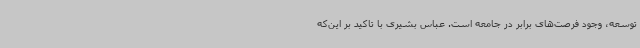
توسعه، وجود فرصت‌های برابر در جامعه است. عباس بشیری با تاکید بر این‌که